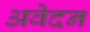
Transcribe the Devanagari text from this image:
अवेदन